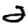
Digit: 2